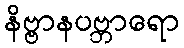
နိဗ္ဗာနပဗ္ဘာရော